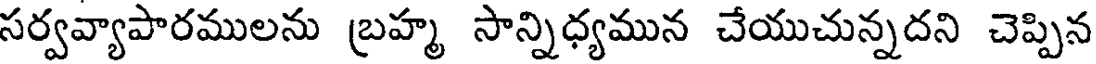
సర్వవ్యాపారములను బ్రహ్మ సాన్నిధ్యమున చేయుచున్నదని చెప్పిన